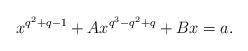
LaTeX: \begin{align*}x^{q^2+q-1}+Ax^{q^3-q^2+q}+Bx=a.\end{align*}